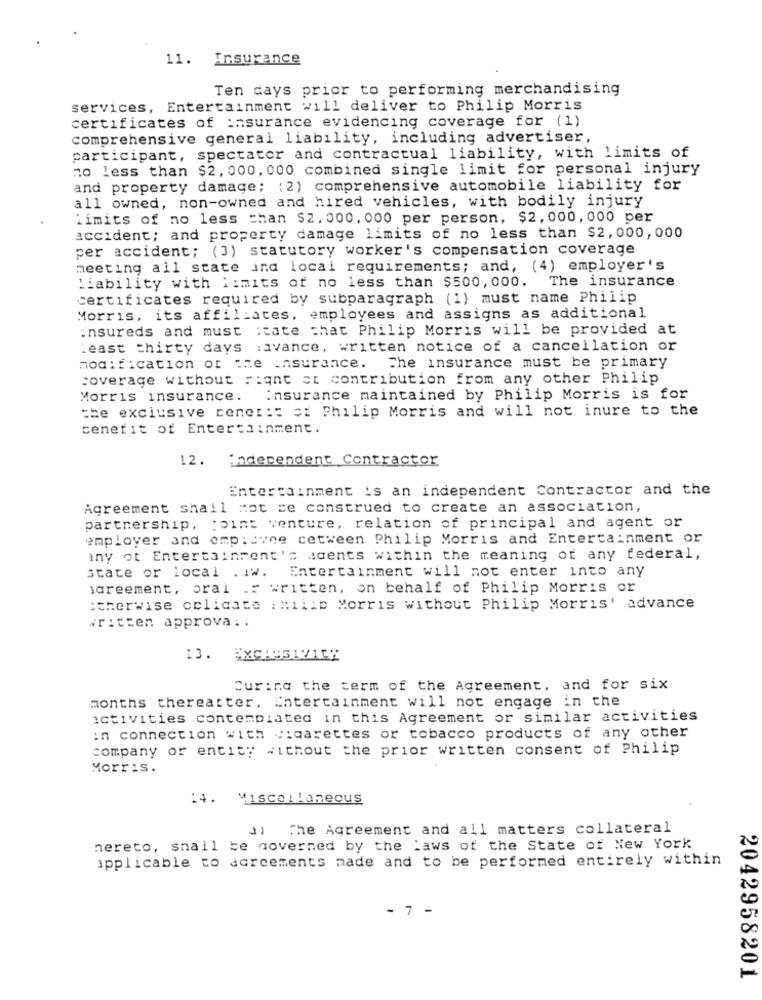
11. Insurance
Ten days prior to performing merchandising
services, Entertainment will deliver to Philip Morris
certificates of insurance evidencing coverage for (1)
comprehensive general liability, including advertiser,
participant, spectator and contractual liability, with limits of
no less than $2, 000, 000 combined single limit for personal injury
and property damage; (2) comprehensive automobile liability for
all owned, non-owned and hired vehicles, with bodily injury
limits of no less than $2, 000, 000 per person, $2, 000, 000 per
accident; and property damage limits of no less than $2, 000,000
per accident; (3) statutory worker's compensation coverage
meeting all state and local requirements; and, (4) employer's
The insurance
Liability with limits of no less than $500,000.
certificates required by subparagraph (1) must name Philip
Morris, its affiliates, employees and assigns as additional
Insureds and must :cate that Philip Morris will be provided at
.east thirty days :avance, written notice of a cancellation or
modification of the insurance. The insurance must be primary
coverage without Fiant ct contribution from any other Philip
Morris insurance.
Insurance maintained by Philip Morris is for
the exclusive cenetis at Philip Morris and will not inure to the
benefit of Entertainment.
12.
independent Contractor
Entertainment is an independent Contractor and the
Agreement shall not ce construed to create an association,
partnership, joint venture, relation of principal and agent or
employer and emp:avne cetween Philip Morris and Entertainment or
iny ot Entertainment's agents within the meaning of any federal,
state or local . IW.
Entertainment will not enter into any
lareement, oral .: written, on behalf of Philip Morris or
otherwise celicace : hilip Morris without Philip Morris' advance
Written approva ..
13. EXCHUSIVILE
Curing the term of the Agreement, and for six
months thereatter. Entertainment will not engage in the
activities contemplated in this Agreement or similar activities
in connection with cigarettes or tobacco products of any other
company or entity without the prior written consent of Philip
Morris.
14. Miscellaneous
a) The Agreement and all matters collateral
hereto, shall be governed by the laws of the State of New York
applicable to agreements made and to be performed entirely within
- 7 -
2042958201